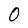
Character: 0